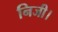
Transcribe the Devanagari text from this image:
निजी।